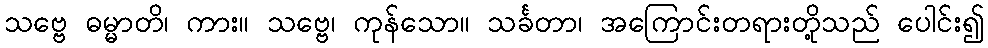
သဗ္ဗေ ဓမ္မာတိ၊ ကား။ သဗ္ဗေ၊ ကုန်သော။ သင်္ခတာ၊ အကြောင်းတရားတို့သည် ပေါင်း၍